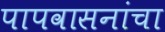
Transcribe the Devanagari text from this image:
पापवासनांचा